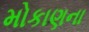
મોકાણના